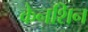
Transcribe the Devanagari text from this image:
केनशिन